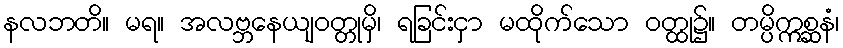
နလဘတိ။ မရ။ အလဗ္ဘနေယျဝတ္တုမှိ၊ ရခြင်းငှာ မထိုက်သော ဝတ္ထု၌။ တမ္ပိဣစ္ဆနံ၊